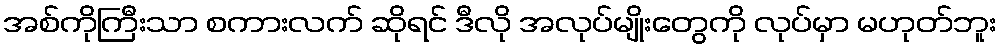
အစ်ကိုကြီးသာ စကားလက် ဆိုရင် ဒီလို အလုပ်မျိုးတွေကို လုပ်မှာ မဟုတ်ဘူး